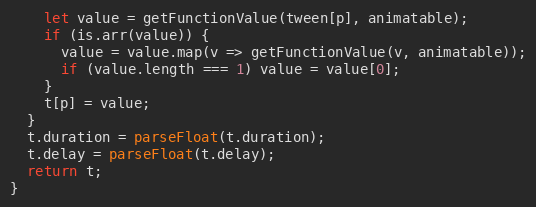
Language: JavaScript
    let value = getFunctionValue(tween[p], animatable);
    if (is.arr(value)) {
      value = value.map(v => getFunctionValue(v, animatable));
      if (value.length === 1) value = value[0];
    }
    t[p] = value;
  }
  t.duration = parseFloat(t.duration);
  t.delay = parseFloat(t.delay);
  return t;
}